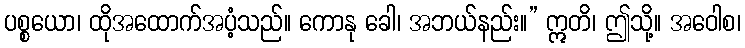
ပစ္စယော၊ ထိုအထောက်အပံ့သည်။ ကောနု ခေါ၊ အဘယ်နည်း။” ဣတိ၊ ဤသို့။ အဝေါစ၊